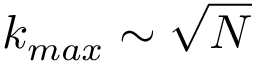
k _ { m a x } \sim \sqrt { N }